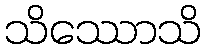
သိဿောသိ